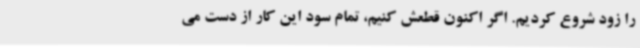
را زود شروع کردیم. اگر اکنون قطعش کنیم، تمام سود این کار از دست می